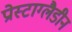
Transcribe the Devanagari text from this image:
प्रोस्टाग्लैडीन